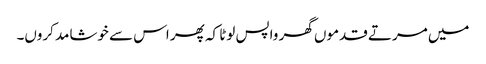
میں مرتے قدموں گھر واپس لوٹا کہ پھر اس سے خوشامد کروں۔